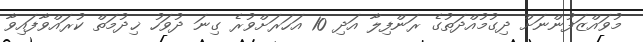
މުވައްޒަފުންނަށް ދިގުމުއްދަތުގެ ރަންފިލާ އަދި 10 އަހަރަށްވުރެ ގިނަ ދުވަހު ޚިދުމަތް ކުރައްވާފައިވާ